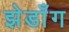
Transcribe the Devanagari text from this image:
झेडाँग